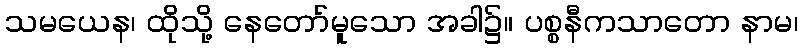
သမယေန၊ ထိုသို့ နေတော်မူသော အခါ၌။ ပစ္စနီကသာတော နာမ၊